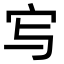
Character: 㝍